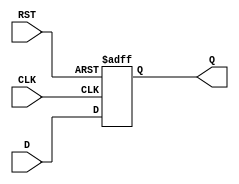
module StoreRegister #(
    parameter WIDTH = 8 // Define the width of the register, default is 8 bits
) (
    input  wire [WIDTH-1:0] D,    // Data input
    input  wire CLK,                // Clock signal
    input  wire RST,                // Reset signal
    output reg  [WIDTH-1:0] Q       // Data output
);

// Synchronous reset behavior on clock edge
always @(posedge CLK or posedge RST) begin
    if (RST) begin
        Q <= {WIDTH{1'b0}};          // Reset output to 0
    end else begin
        Q <= D;                      // Capture input data on clock edge
    end
end

endmodule